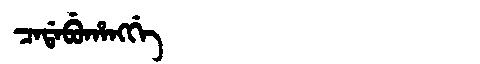
Manchu: ᠴᠠᡩᠠᠪᡠᡥᠠᠩᡤᡝ
Romanization: CADABUHANGGE